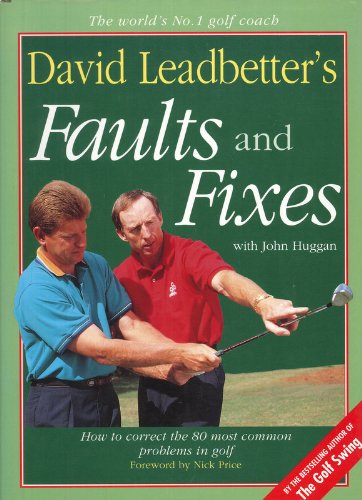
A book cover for David Leadbetter's Faults and Fixes: How to Correct the 80 Most Common Problems in Golf; David Leadbetter; Sports & Outdoors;